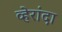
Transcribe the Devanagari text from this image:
व्हेरांदा